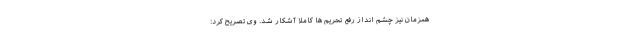
همزمان نیز چشم انداز رفع تحریم ها کاملاً آشکار شد. وی تصریح کرد: